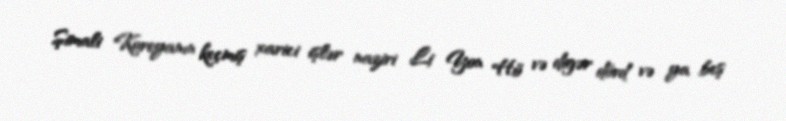
Şimali Koreyanın keçmiş xarici işlər naziri Li Yon Hö və digər dörd və ya beş